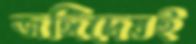
জঙ্গিদেরই